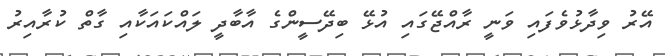
އޭރު ވިދާޅުވެފައި ވަނީ ރާއްޖޭގައި އުޅޭ ބިދޭސީންގެ އާބާދީ ލައްކައަކާއި ގާތް ކުރާއިރު